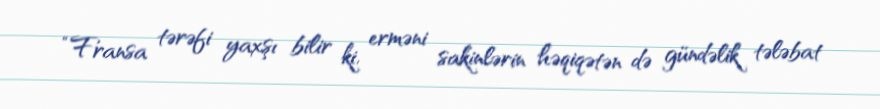
“Fransa tərəfi yaxşı bilir ki, erməni sakinlərin həqiqətən də gündəlik tələbat